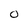
Character: 2